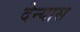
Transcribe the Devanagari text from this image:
देन्यास